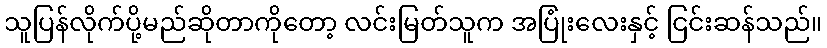
သူပြန်လိုက်ပို့မည်ဆိုတာကိုတော့ လင်းမြတ်သူက အပြုံးလေးနှင့် ငြင်းဆန်သည်။